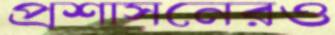
প্রশাসনেরও